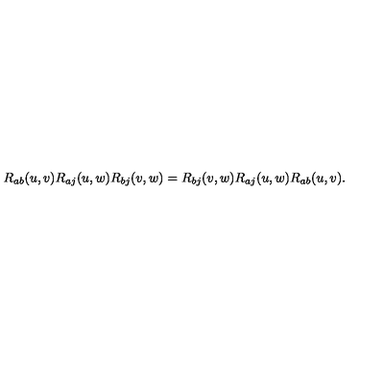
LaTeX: R _ { a b } ( u , v ) R _ { a j } ( u , w ) R _ { b j } ( v , w ) = R _ { b j } ( v , w ) R _ { a j } ( u , w ) R _ { a b } ( u , v ) .